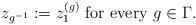
LaTeX: \begin{align*}z_{g^{-1}} := z^{(g)}_1 \mbox{ for every } g\in \Gamma.\end{align*}